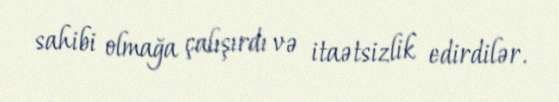
sahibi olmağa çalışırdı və itaətsizlik edirdilər.